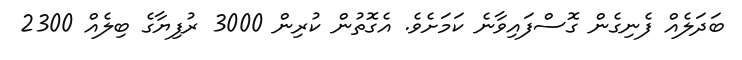
ބަދަލެއް ފެނިގެން ގޮސްފައިވާނެ ކަމަށެވެ. އެގޮތުން ކުރިން 3000 ރުފިޔާގެ ބިލެއް 2300